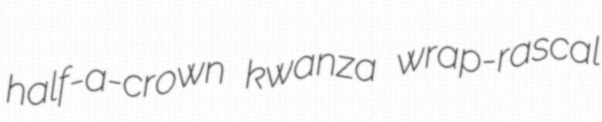
half-a-crown kwanza wrap-rascal